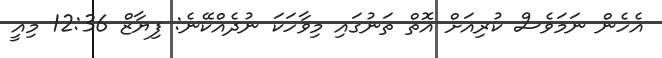
އެހެން ނަމަވެސް ކުރިއަށް އޮތް ތަނުގައި މިވާހަކަ ނުދެއްކޭނެ: ފިޔާޒް 12:36 މިއީ